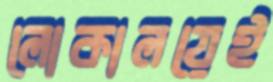
লোকালয়েই